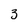
Character: 3